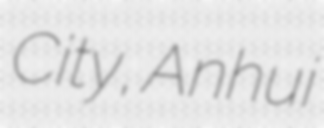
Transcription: City, Anhui